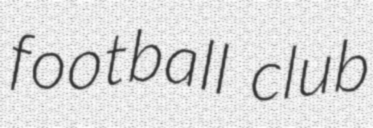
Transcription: football club